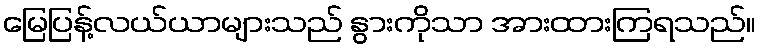
မြေပြန့်လယ်ယာများသည် နွားကိုသာ အားထားကြရသည်။